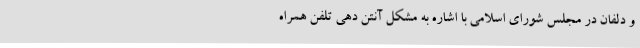
و دلفان در مجلس شورای اسلامی با اشاره به مشکل آنتن دهی تلفن همراه